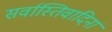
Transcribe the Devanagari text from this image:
सर्वास्तिवादिनां